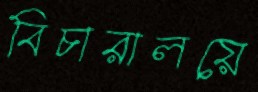
বিচারালয়ে